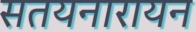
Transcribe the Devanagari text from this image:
सतयनारायन